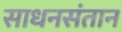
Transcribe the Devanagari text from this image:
साधनसंतान